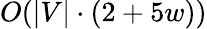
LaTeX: O(|V|\cdot(2+5w))